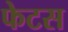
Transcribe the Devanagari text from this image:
फेटस